Civil Veterinary Dept. Assam report 1927-50 - 1927-1950
Year: 1927
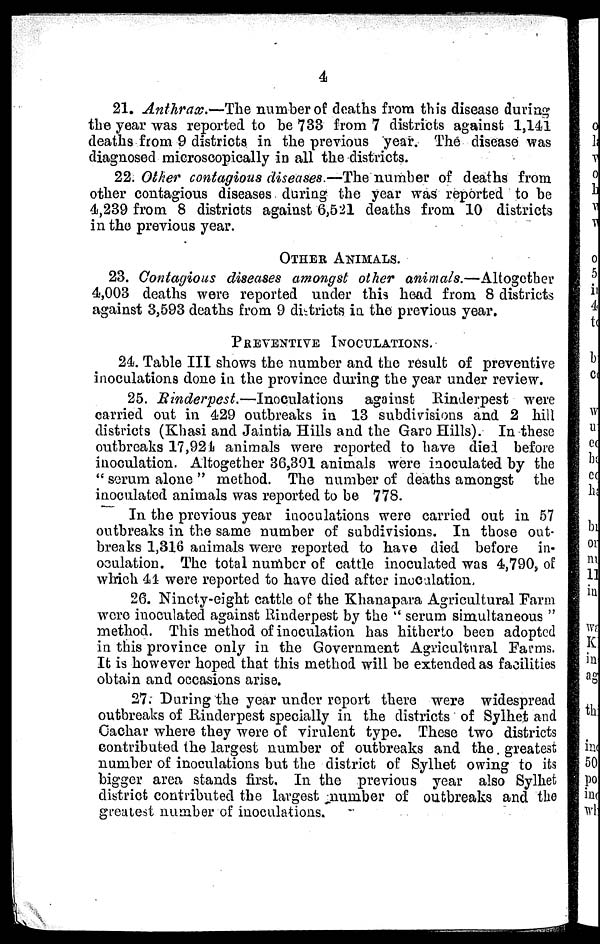
4
21. Anthrax.—The number of deaths from this disease during
the year was reported to be 733 from 7 districts against 1,141
deaths from 9 districts in the previous year. The disease was
diagnosed microscopically in all the districts.
22. Other contagious diseases.—The number of deaths from
other contagious diseases during the year was reported to be
4,239 from 8 districts against 6,521 deaths from 10 districts
in the previous year.
OTHER ANIMALS.
23. Contagious diseases amongst other animals.—Altogether
4,003 deaths were reported under this head from 8 districts
against 3,693 deaths from 9 districts in the previous year.
PREVENTIVE INOCULATIONS.
24. Table III shows the number and the result of preventive
inoculations done in the province during the year under review.
25. Rinderpest.—Inoculations against Rinderpest were
carried out in 429 outbreaks in 13 subdivisions and 2 hill
districts (Khasi and Jaintia Hills and the Garo Hills). In these
outbreaks 17,924 animals were reported to have died before
inoculation. Altogether 36,301 animals were inoculated by the
"serum alone" method. The number of deaths amongst the
inoculated animals was reported to be 778.
In the previous year inoculations were carried out in 57
outbreaks in the same number of subdivisions. In those out-
breaks 1,316 animals were reported to have died before in-
oculation. The total number of cattle inoculated was 4,790, of
which 44 were reported to have died after inoculation.
26. Ninety-eight cattle of the Khanapara Agricultural Farm
were inoculated against Rinderpest by the "serum simultaneous"
method. This method of inoculation has hitherto been adopted
in this province only in the Government Agricultural Farms.
It is however hoped that this method will be extended as facilities
obtain and occasions arise.
27. During the year under report there were widespread
outbreaks of Rinderpest specially in the districts of Sylhet and
Cachar where they were of virulent type. These two districts
contributed the largest number of outbreaks and the greatest
number of inoculations but the district of Sylhet owing to its
bigger area stands first. In the previous year also Sylhet
district contributed the largest number of outbreaks and the
greatest number of inoculations.